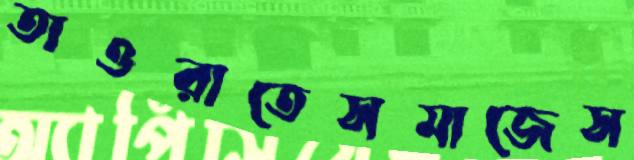
তাওরাতেসমাজেস